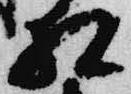
相